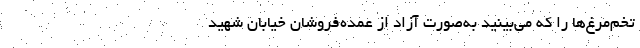
تخم‌مرغ‌ها را که می‌بینید به‌صورت آزاد از عمده‌فروشان خیابان شهید